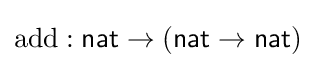
\mathrm {add} :{\mathsf {nat}}\to ({\mathsf {nat}}\to {\mathsf {nat}})